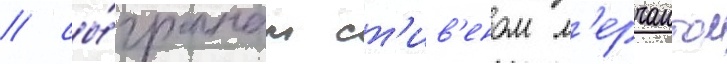
/ сы́гранным ст'ив'еном м'ерчантом